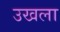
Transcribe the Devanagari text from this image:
उखला